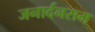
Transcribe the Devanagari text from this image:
जनार्दनसम